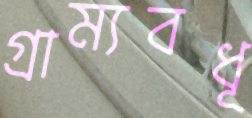
গ্রাম্যবধূ